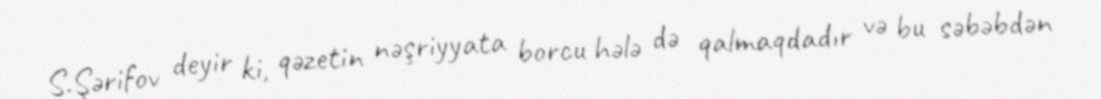
S.Şərifov deyir ki, qəzetin nəşriyyata borcu hələ də qalmaqdadır və bu səbəbdən